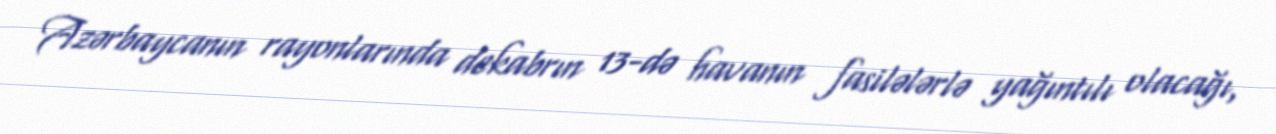
Azərbaycanın rayonlarında dekabrın 13-də havanın fasilələrlə yağıntılı olacağı,